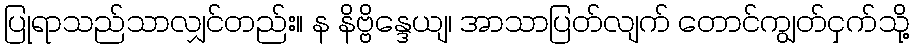
ပြုရာသည်သာလျှင်တည်း။ န နိဗ္ဗိန္ဒေယျ၊ အာသာပြတ်လျက် တောင်ကျွတ်ငှက်သို့